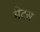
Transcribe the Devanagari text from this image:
मैटस